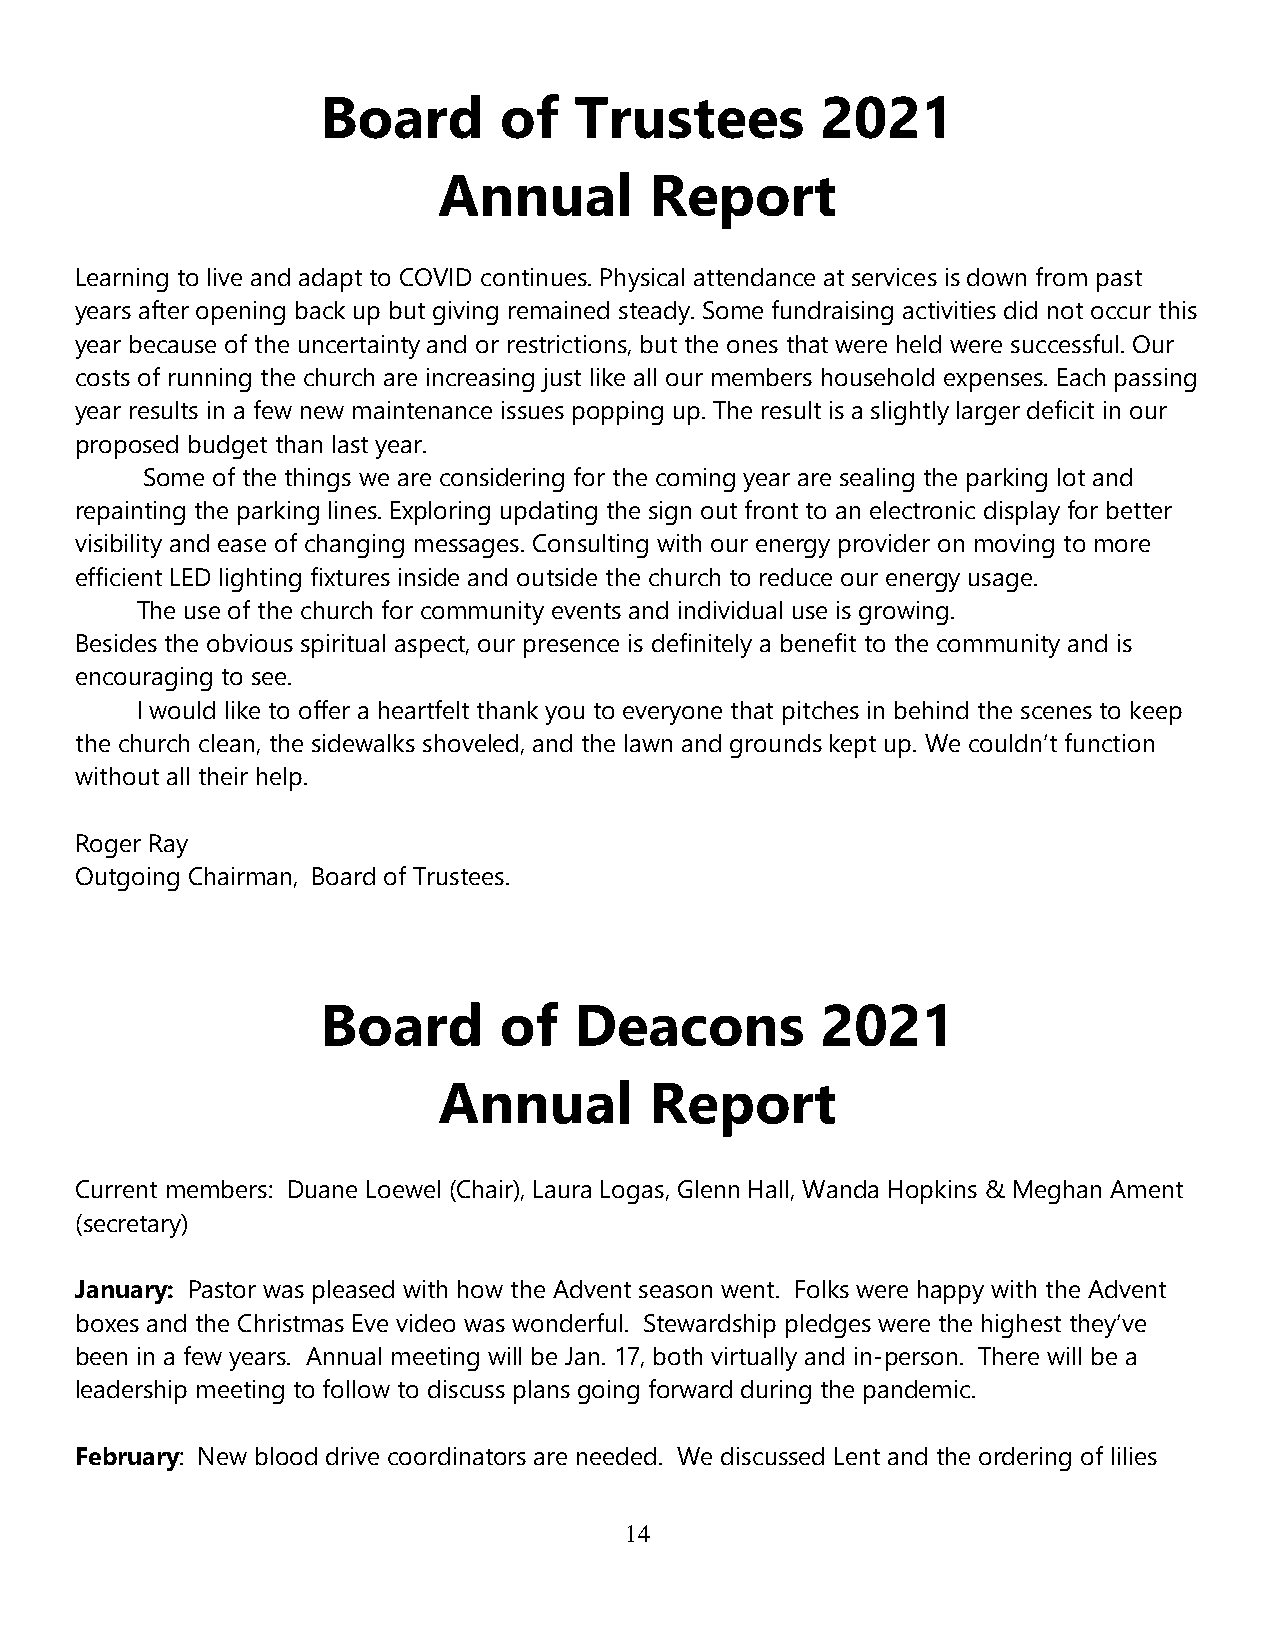
Board       of   Trustees        2021
 Annual        Report
 Learning to live and adapt to COVID continues. Physical attendance at services is down from past
 years after opening back up but giving remained steady. Some fundraising activities did not occur this
 year because of the uncertainty and or restrictions, but the ones that were held were successful. Our
 costs of running the church are increasing just like all our members household expenses. Each passing
 year results in a few new maintenance issues popping up. The result is a slightly larger deficit in our
 proposed budget than last year.
 Some of the things we are considering for the coming year are sealing the parking lot and
 repainting the parking lines. Exploring updating the sign out front to an electronic display for better
 visibility and ease of changing messages. Consulting with our energy provider on moving to more
 efficient LED lighting fixtures inside and outside the church to reduce our energy usage.
 The use of the church for community events and individual use is growing.
 Besides the obvious spiritual aspect, our presence is definitely a benefit to the community and is
 encouraging to see.
 I would like to offer a heartfelt thank you to everyone that pitches in behind the scenes to keep
 the church clean, the sidewalks shoveled, and the lawn and grounds kept up. We couldn’t function
 without all their help.
 Roger Ray
 Outgoing Chairman, Board of Trustees.
 Board       of   Deacons         2021
 Annual        Report
 Current members: Duane Loewel (Chair), Laura Logas, Glenn Hall, Wanda Hopkins & Meghan Ament
 (secretary)
 January: Pastor was pleased with how the Advent season went. Folks were happy with the Advent
 boxes and the Christmas Eve video was wonderful. Stewardship pledges were the highest they’ve
 been in a few years. Annual meeting will be Jan. 17, both virtually and in-person. There will be a
 leadership meeting to follow to discuss plans going forward during the pandemic.
 February: New blood drive coordinators are needed. We discussed Lent and the ordering of lilies
 14